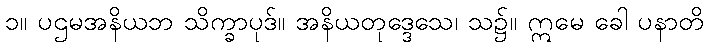
၁။ ပဌမအနိယဘ သိက္ခာပုဒ်။ အနိယတုဒ္ဒေသေ၊ သ၌။ ဣမေ ခေါ ပနာတိ